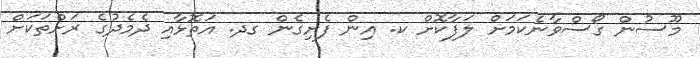
މޫސުން ގޯސްވާނެކަމަށް ލަފާކޮށް ކ. އިން ފެށިގެން ގދ. އަތޮޅާއި ދެމެދުގެ ރަށްތަކަށް